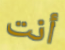
أنت